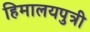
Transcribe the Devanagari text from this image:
हिमालयपुत्री